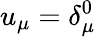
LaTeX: u_{\mu}=\delta_{\mu}^{0}